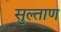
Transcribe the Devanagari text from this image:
सुल्ताण